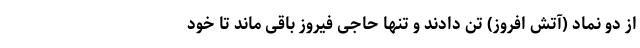
از دو نماد (آتش افروز) تن دادند و تنها حاجی فیروز باقی ماند تا خود